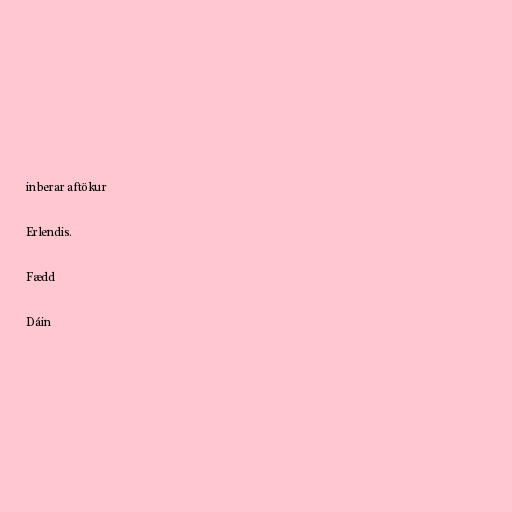
inberar aftökur

Erlendis.

Fædd

Dáin